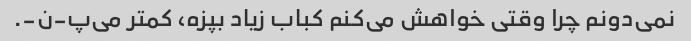
نمی‌دونم چرا وقتی خواهش می‌کنم کباب زیاد بپزه، کمتر می‌پ-ن-.